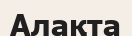
Алақта